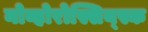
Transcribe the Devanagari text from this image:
नोव्होरोस्सिय्स्क